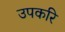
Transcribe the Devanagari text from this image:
उपकरि